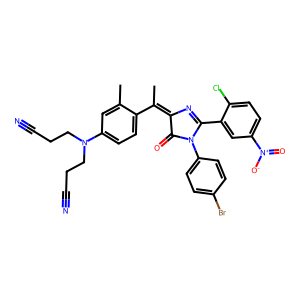
SMILES: CC(=C1N=C(c2cc([N+](=O)[O-])ccc2Cl)N(c2ccc(Br)cc2)C1=O)c1ccc(N(CCC#N)CCC#N)cc1C
Inhibits HIV replication: No